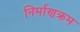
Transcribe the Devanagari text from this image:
निर्माणक्रम